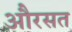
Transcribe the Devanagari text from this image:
औरसत